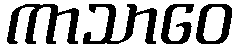
ကာသာဝေ